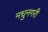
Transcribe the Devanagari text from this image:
मधुनगरी